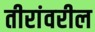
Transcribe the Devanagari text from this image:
तीरांवरील